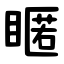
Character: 䁥